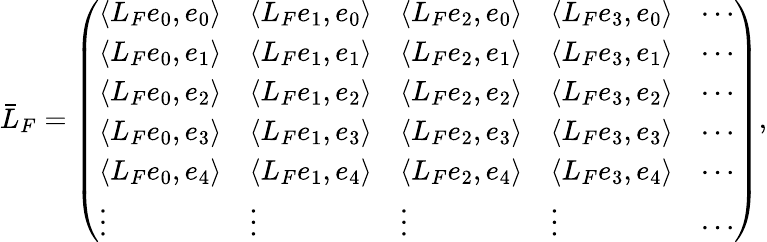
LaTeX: \bar{L}_{F}=\left(\begin{array}{lllll}{\left\langle L_{F}e_{0},e_{0}\right\rangle}&{\left\langle L_{F}e_{1},e_{0}\right\rangle}&{\left\langle L_{F}e_{2},e_{0}\right\rangle}&{\left\langle L_{F}e_{3},e_{0}\right\rangle}&{\cdots}\\ {\left\langle L_{F}e_{0},e_{1}\right\rangle}&{\left\langle L_{F}e_{1},e_{1}\right\rangle}&{\left\langle L_{F}e_{2},e_{1}\right\rangle}&{\left\langle L_{F}e_{3},e_{1}\right\rangle}&{\cdots}\\ {\left\langle L_{F}e_{0},e_{2}\right\rangle}&{\left\langle L_{F}e_{1},e_{2}\right\rangle}&{\left\langle L_{F}e_{2},e_{2}\right\rangle}&{\left\langle L_{F}e_{3},e_{2}\right\rangle}&{\cdots}\\ {\left\langle L_{F}e_{0},e_{3}\right\rangle}&{\left\langle L_{F}e_{1},e_{3}\right\rangle}&{\left\langle L_{F}e_{2},e_{3}\right\rangle}&{\left\langle L_{F}e_{3},e_{3}\right\rangle}&{\cdots}\\ {\left\langle L_{F}e_{0},e_{4}\right\rangle}&{\left\langle L_{F}e_{1},e_{4}\right\rangle}&{\left\langle L_{F}e_{2},e_{4}\right\rangle}&{\left\langle L_{F}e_{3},e_{4}\right\rangle}&{\cdots}\\ {\vdots}&{\vdots}&{\vdots}&{\vdots}&{\cdots}\end{array}\right),